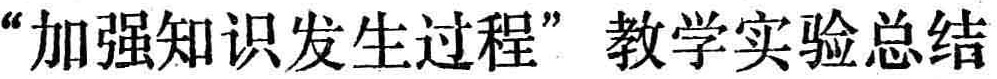
“加强知识发生过程”教学实验总结